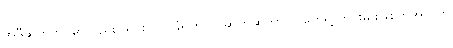
အဲဒီဆိတ်ဘဝမှာလည်း သင်းကွပ် ခံရတယ်၊ ဆိတ်ဆိုတာ လူတွေရဲ့ ဟင်းမျိုးဖြစ်တဲ့အတွက်